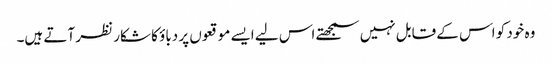
وہ خود کو اس کے قابل نہیں سمجھتے اس لیے ایسے موقعوں پر دباؤ کا شکار نظر آتے ہیں۔